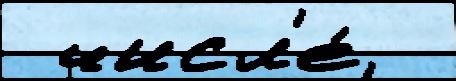
 числ'е́